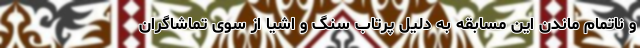
و ناتمام ماندن این مسابقه به دلیل پرتاب سنگ و اشیا از سوی تماشاگران